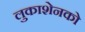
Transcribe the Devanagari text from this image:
लुकाशेनको